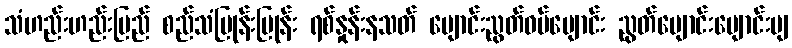
သံဟည်းဟည်းမြည် စည်သံပြုန်းပြုန်း ရစ်နှုန်းနသတ် ပျောင်းညွတ်ဝပ်ပျောင်း ညွတ်ပျောင်းပျောင်းပျ